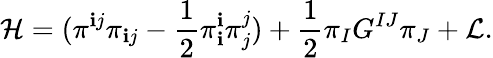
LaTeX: {\cal{H}}=(\pi^{\mathbf{i}j}\pi_{\mathbf{i}j}-\frac{{1}}{{2}}\pi_{\mathbf{i}}^{\mathbf{i}}\pi_{j}^{j})+\frac{{1}}{{2}}\pi_{I}G^{IJ}\pi_{J}+{\cal{L}}.